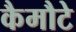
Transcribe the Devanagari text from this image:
कैमौटे